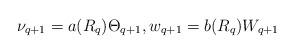
LaTeX: \begin{align*}\nu_{q+1} = a(R_q) \Theta_{q+1}, w_{q+1} = b(R_q) W_{q+1}\end{align*}